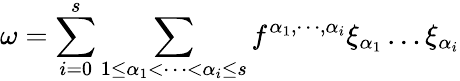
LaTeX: \omega=\sum_{i=0}^{s}\sum_{1\le\alpha_{1}<\cdots<\alpha_{i}\le s}f^{\alpha_{1},\cdots,\alpha_{i}}\xi_{\alpha_{1}}\dots\xi_{\alpha_{i}}